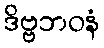
ဒိဗ္ဗဘဝနံ